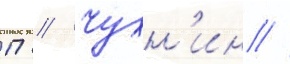
П // Чухн'ин //